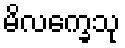
မိလက္ခေသု